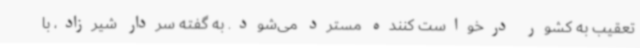
تعقیب به کشور درخواست کننده مسترد می‌شود. به گفته سردار شیرزاد، با